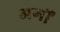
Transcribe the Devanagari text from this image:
अर्गों